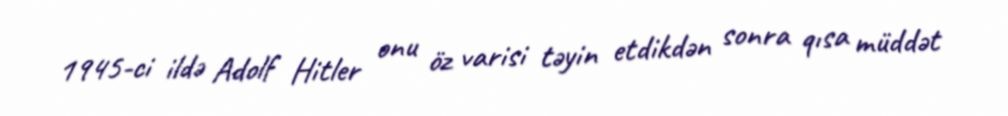
1945-ci ildə Adolf Hitler onu öz varisi təyin etdikdən sonra qısa müddət